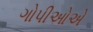
ગોપીઓએ